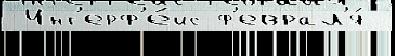
 Инт'ерф'е́йс ф'еврал'я́